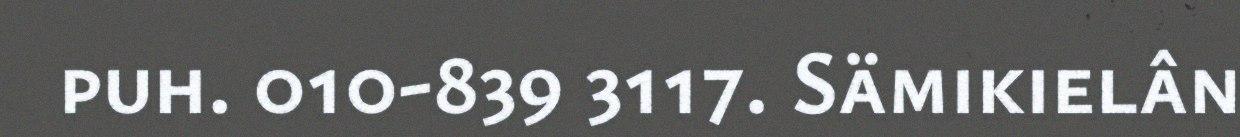
puh. 010-839 3117. Sämikielân